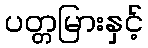
ပတ္တမြားနှင့်